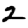
Digit: 2